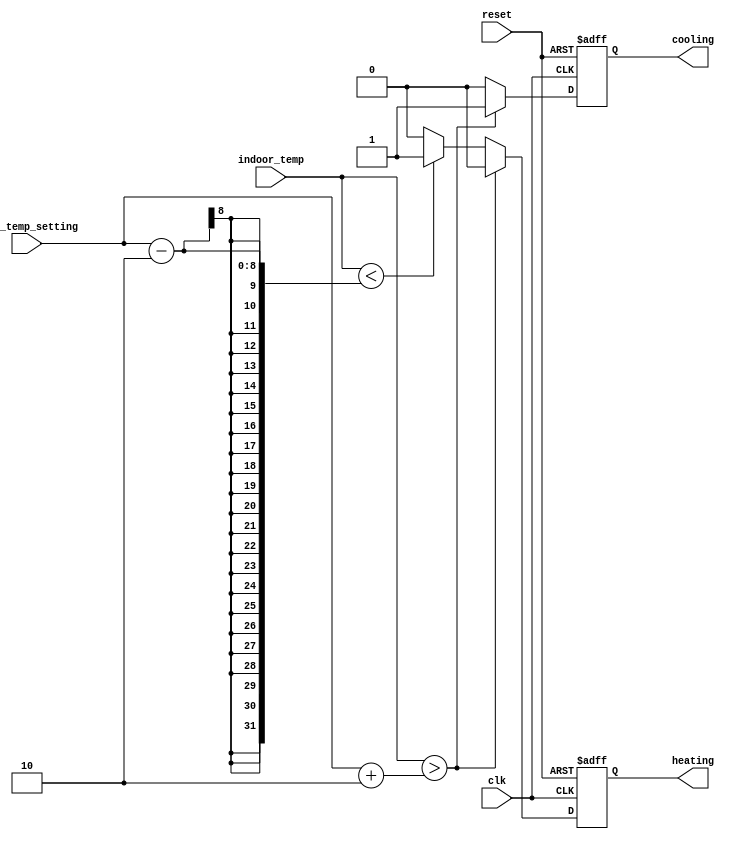
module SmartThermostat(clk,reset,user_temp_setting,indoor_temp,heating,cooling);

    input wire clk;
    input wire reset;
    input wire [7:0] user_temp_setting;
    input wire [7:0] indoor_temp;
    output reg heating;
    output reg cooling;


    always @(posedge clk or posedge reset) begin
        if (reset) begin
            heating <= 0;
            cooling <= 0;
        end else begin
            if (indoor_temp > user_temp_setting + 2) begin
                cooling <= 1;
                heating <= 0;
            end else if (indoor_temp < user_temp_setting - 2) begin
                heating <= 1;
                cooling <= 0;
            end else begin
                heating <= 0;
                cooling <= 0;
            end
        end
    end

endmodule